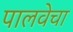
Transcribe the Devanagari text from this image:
पालवेचा